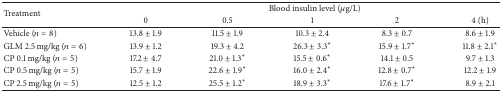
<table><thead><tr><td rowspan="2"><b>Treatment </b></td><td colspan="5"><b>Blood insulin level (<i>μ</i>g/L)</b></td></tr><tr><td><b>0</b></td><td><b>0.5</b></td><td><b>1</b></td><td><b>2</b></td><td><b>4 (h)</b></td></tr></thead><tbody><tr><td>Vehicle (<i>n</i> = 8)</td><td>13.8 ± 1.9</td><td>11.5 ± 1.9</td><td>10.3 ± 2.4</td><td>8.3 ± 0.7</td><td>8.6 ± 1.9</td></tr><tr><td>GLM 2.5 mg/kg (<i>n</i> = 6)</td><td>13.9 ± 1.2</td><td>19.3 ± 4.2</td><td>26.3 ± 3.3*</td><td>15.9 ± 1.7*</td><td>11.8 ± 2.1*</td></tr><tr><td>CP 0.1 mg/kg (<i>n</i> = 5)</td><td>17.2 ± 4.7</td><td>21.0 ± 1.3*</td><td>15.5 ± 0.6*</td><td>14.1 ± 0.5</td><td>9.7 ± 1.3</td></tr><tr><td>CP 0.5 mg/kg (<i>n</i> = 5)</td><td>15.7 ± 1.9</td><td>22.6 ± 1.9*</td><td>16.0 ± 2.4*</td><td>12.8 ± 0.7*</td><td>12.2 ± 1.9</td></tr><tr><td>CP 2.5 mg/kg (<i>n</i> = 5)</td><td>12.5 ± 1.2</td><td>25.5 ± 1.2*</td><td>18.9 ± 3.3*</td><td>17.6 ± 1.7*</td><td>8.9 ± 2.1</td></tr></tbody></table>